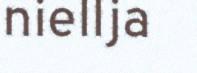
niellja